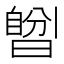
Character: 𣊆